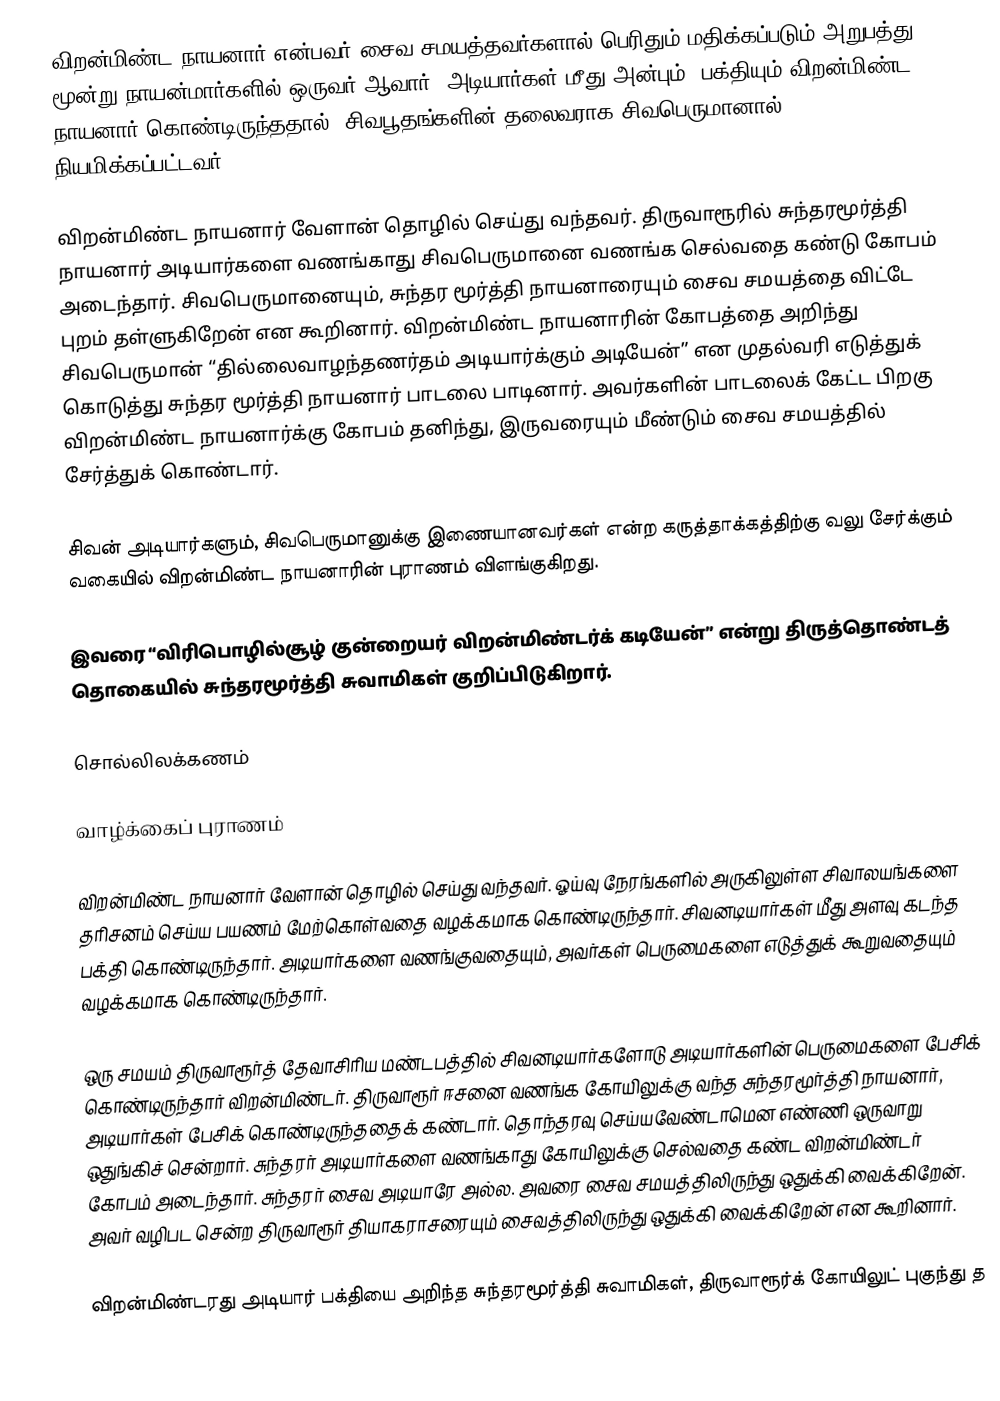
விறன்மிண்ட நாயனார் என்பவர் சைவ சமயத்தவர்களால் பெரிதும் மதிக்கப்படும் அறுபத்து மூன்று நாயன்மார்களில் ஒருவர் ஆவார். அடியார்கள் மீது அன்பும், பக்தியும் விறன்மிண்ட நாயனார் கொண்டிருந்ததால், சிவபூதங்களின் தலைவராக சிவபெருமானால் நியமிக்கப்பட்டவர்.

விறன்மிண்ட நாயனார் வேளான் தொழில் செய்து வந்தவர். திருவாரூரில் சுந்தரமூர்த்தி நாயனார் அடியார்களை வணங்காது சிவபெருமானை வணங்க செல்வதை கண்டு கோபம் அடைந்தார். சிவபெருமானையும், சுந்தர மூர்த்தி நாயனாரையும் சைவ சமயத்தை விட்டே புறம் தள்ளுகிறேன் என கூறினார். விறன்மிண்ட நாயனாரின் கோபத்தை அறிந்து சிவபெருமான் “தில்லைவாழந்தணர்தம் அடியார்க்கும் அடியேன்” என முதல்வரி எடுத்துக் கொடுத்து சுந்தர மூர்த்தி நாயனார் பாடலை பாடினார். அவர்களின் பாடலைக் கேட்ட பிறகு விறன்மிண்ட நாயனார்க்கு கோபம் தனிந்து, இருவரையும் மீண்டும் சைவ சமயத்தில் சேர்த்துக் கொண்டார்.

சிவன் அடியார்களும், சிவபெருமானுக்கு இணையானவர்கள் என்ற கருத்தாக்கத்திற்கு வலு சேர்க்கும் வகையில் விறன்மிண்ட நாயனாரின் புராணம் விளங்குகிறது.

இவரை “விரிபொழில்சூழ் குன்றையர் விறன்மிண்டர்க் கடியேன்” என்று திருத்தொண்டத் தொகையில் சுந்தரமூர்த்தி சுவாமிகள் குறிப்பிடுகிறார்.

சொல்லிலக்கணம்

வாழ்க்கைப் புராணம்

விறன்மிண்ட நாயனார் வேளான் தொழில் செய்து வந்தவர். ஓய்வு நேரங்களில் அருகிலுள்ள சிவாலயங்களை தரிசனம் செய்ய பயணம் மேற்கொள்வதை வழக்கமாக கொண்டிருந்தார். சிவனடியார்கள் மீது அளவு கடந்த பக்தி கொண்டிருந்தார். அடியார்களை வணங்குவதையும், அவர்கள் பெருமைகளை எடுத்துக் கூறுவதையும் வழக்கமாக கொண்டிருந்தார்.

ஒரு சமயம் திருவாரூர்த் தேவாசிரிய மண்டபத்தில் சிவனடியார்களோடு அடியார்களின் பெருமைகளை பேசிக் கொண்டிருந்தார் விறன்மிண்டர். திருவாரூர் ஈசனை வணங்க கோயிலுக்கு வந்த சுந்தரமூர்த்தி நாயனார், அடியார்கள் பேசிக் கொண்டிருந்ததைக் கண்டார். தொந்தரவு செய்யவேண்டாமென எண்ணி ஒருவாறு ஒதுங்கிச் சென்றார். சுந்தரர் அடியார்களை வணங்காது கோயிலுக்கு செல்வதை கண்ட விறன்மிண்டர் கோபம் அடைந்தார். சுந்தரர் சைவ அடியாரே அல்ல. அவரை சைவ சமயத்திலிருந்து ஒதுக்கி வைக்கிறேன். அவர் வழிபட சென்ற திருவாரூர் தியாகராசரையும்  சைவத்திலிருந்து ஒதுக்கி வைக்கிறேன் என கூறினார்.

விறன்மிண்டரது அடியார் பக்தியை அறிந்த சுந்தரமூர்த்தி சுவாமிகள், திருவாரூர்க் கோயிலுட் புகுந்து த